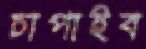
চাপাইব